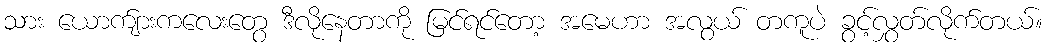
သား ယောက်ျားကလေးတွေ ဒီလိုနေတာကို မြင်ရင်တော့ အမေဟာ အလွယ် တကူပဲ ခွင့်လွှတ်လိုက်တယ်။